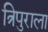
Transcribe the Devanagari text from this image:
त्रिपुराला